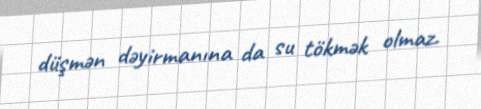
düşmən dəyirmanına da su tökmək olmaz.